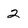
Character: 2